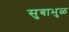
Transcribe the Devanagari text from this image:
सुबाभुळ